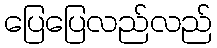
ပြေပြေလည်လည်